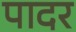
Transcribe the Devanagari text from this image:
पादर